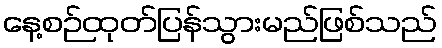
နေ့စဉ်ထုတ်ပြန်သွားမည်ဖြစ်သည်